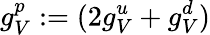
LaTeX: g_{V}^{p}:=(2g_{V}^{u}+g_{V}^{d})